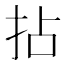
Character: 拈